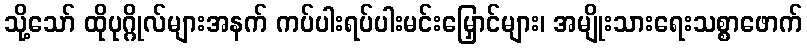
သို့သော် ထိုပုဂ္ဂိုလ်များအနက် ကပ်ပါးရပ်ပါးမင်းမြှောင်များ၊ အမျိုးသားရေးသစ္စာဖောက်